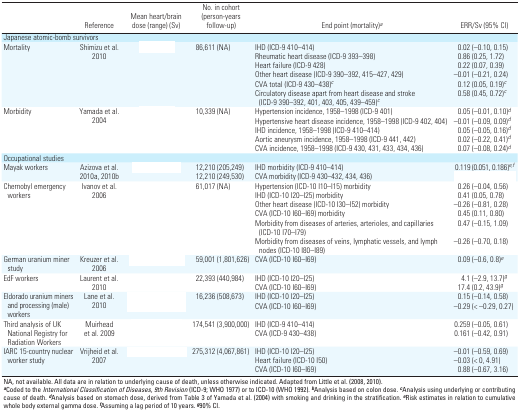
<table><thead><tr><td>[EMPTY_CELL]</td><td><b>Reference</b></td><td><b>Mean heart/brain dose (range) (Sv)</b></td><td><b>No. in cohort (person-years follow-up)</b></td><td><b>End point (mortality)<sup>a</sup></b></td><td><b>ERR/Sv (95% CI)</b></td></tr></thead><tbody><tr><td colspan="6">Japanese atomic-bomb survivors</td></tr><tr><td rowspan="6">Mortality</td><td rowspan="6">Shimizu et al. 2010</td><td rowspan="6">[EMPTY_CELL]</td><td rowspan="6">86,611 (NA)</td><td>IHD (ICD-9 410–414)</td><td>0.02 (–0.10, 0.15)</td></tr><tr><td>Rheumatic heart disease (ICD-9 393–398)</td><td>0.86 (0.25, 1.72)</td></tr><tr><td>Heart failure (ICD-9 428)</td><td>0.22 (0.07, 0.39)</td></tr><tr><td>Other heart disease (ICD-9 390–392, 415–427, 429)</td><td>–0.01 (–0.21, 0.24)</td></tr><tr><td>CVA total (ICD-9 430–438)c</td><td>0.12 (0.05, 0.19)c</td></tr><tr><td>Circulatory disease apart from heart disease and stroke (ICD-9 390–392,401, 403, 405, 439–459)c</td><td>0.58 (0.45, 0.72)c</td></tr><tr><td rowspan="5">Morbidity</td><td rowspan="5">Yamada et al. 2004</td><td rowspan="5">[EMPTY_CELL]</td><td rowspan="5">10,339 (NA)</td><td>Hypertension incidence, 1958–1998 (ICD-9 401)</td><td>0.05 (–0.01, 0.10)d</td></tr><tr><td>Hypertensive heart disease incidence, 1958–1998 (ICD-9 402, 404)</td><td>–0.01 (–0.09, 0.09)d</td></tr><tr><td>IHD incidence, 1958–1998 (ICD-9 410–414)</td><td>0.05 (–0.05, 0.16)d</td></tr><tr><td>Aortic aneurysm incidence, 1958–1998 (ICD-9 441, 442)</td><td>0.02 (–0.22, 0.41)d</td></tr><tr><td>CVA incidence, 1958–1998 (ICD-9 430, 431, 433, 434, 436)</td><td>0.07 (–0.08, 0.24)d</td></tr><tr><td colspan="6">Occupational studies</td></tr><tr><td rowspan="2">Mayak workers</td><td rowspan="2">Azizova et al. 2010a, 2010b</td><td rowspan="2">[EMPTY_CELL]</td><td>12,210 (205,249)</td><td>IHD morbidity (ICD-9 410–414)</td><td>0.119 (0.051, 0.186)e,f</td></tr><tr><td>12,210 (249,530)</td><td>CVA morbidity (ICD-9 430–432, 434, 436)</td><td>[EMPTY_CELL]</td></tr><tr><td rowspan="6">Chernobyl emergency workers</td><td rowspan="6">Ivanov et al. 2006</td><td rowspan="6">[EMPTY_CELL]</td><td rowspan="6">61,017 (NA)</td><td>Hypertension (ICD-10 I10–I15) morbidity</td><td>0.26 (–0.04, 0.56)</td></tr><tr><td>IHD (ICD-10 I20–I25) morbidity</td><td>0.41 (0.05, 0.78)</td></tr><tr><td>Other heart disease (ICD-10 I30–I52) morbidity</td><td>–0.26 (–0.81, 0.28)</td></tr><tr><td>CVA (ICD-10 I60–I69) morbidity</td><td>0.45 (0.11, 0.80)</td></tr><tr><td>Morbidity from diseases of arteries, arterioles, and capillaries (ICD-10I70–I79)</td><td>0.47 (–0.15, 1.09)</td></tr><tr><td>Morbidity from diseases of veins, lymphatic vessels, and lymph nodes(ICD-10 I80–I89)</td><td>–0.26 (–0.70, 0.18)</td></tr><tr><td>German uranium miner study</td><td>Kreuzer et al. 2006</td><td>[EMPTY_CELL]</td><td>59,001 (1,801,626)</td><td>CVA (ICD-10 I60–I69)</td><td>0.09 (–0.6, 0.8)e</td></tr><tr><td rowspan="2">EdF workers</td><td rowspan="2">Laurent et al. 2010</td><td rowspan="2">[EMPTY_CELL]</td><td rowspan="2">22,393 (440,984)</td><td>IHD (ICD-10 I20–I25)</td><td>4.1 (–2.9, 13.7)g</td></tr><tr><td>CVA (ICD-10 I60–I69)</td><td>17.4 (0.2, 43.9)g</td></tr><tr><td rowspan="2">Eldorado uranium miners and processing (male) workers</td><td rowspan="2">Lane et al. 2010</td><td rowspan="2">[EMPTY_CELL]</td><td rowspan="2">16,236 (508,673)</td><td>IHD (ICD-10 I20–I25)</td><td>0.15 (–0.14, 0.58)</td></tr><tr><td>CVA (ICD-10 I60–I69)</td><td>–0.29 (&lt; –0.29, 0.27)</td></tr><tr><td rowspan="2">Third analysis of UK National Registry for RadiationWorkers</td><td rowspan="2">Muirhead et al. 2009</td><td rowspan="2">[EMPTY_CELL]</td><td rowspan="2">174,541 (3,900,000)</td><td>IHD (ICD-9 410–414)</td><td>0.259 (–0.05, 0.61)</td></tr><tr><td>CVA (ICD-9 430–438)</td><td>0.161 (–0.42, 0.91)</td></tr><tr><td rowspan="3">IARC 15-country nuclear worker study</td><td rowspan="3">Vrijheid et al. 2007</td><td rowspan="3">[EMPTY_CELL]</td><td rowspan="3">275,312 (4,067,861)</td><td>IHD (ICD-10 I20–I25)</td><td>–0.01 (–0.59, 0.69)</td></tr><tr><td>Heart failure (ICD-10 I50)</td><td>–0.03 (&lt; 0, 4.91)</td></tr><tr><td>CVA (ICD-10 I60–I69)</td><td>0.88 (–0.67, 3.16)</td></tr><tr><td colspan="6">NA, not available. All data are in relation to underlyingcause of death, unless otherwise indicated. Adapted from Little et al.(2008, 2010). aCoded to the International Classification of Diseases,9th Revision (ICD-9; WHO 1977) or to ICD-10 (WHO 1992). bAnalysis basedon colon dose. cAnalysis using underlying or contributing cause ofdeath. dAnalysis based on stomach dose, derived from Table 3 of Yamadaet al. (2004) with smoking and drinking in the stratification. eRiskestimates in relation to cumulative whole body external gamma dose.fAssuming a lag period of 10 years. g90% CI.</td></tr></tbody></table>